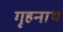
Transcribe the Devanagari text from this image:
गृहनाथ